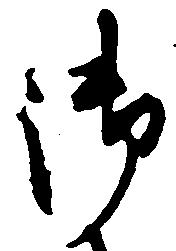
御